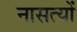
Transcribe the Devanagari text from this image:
नासत्यों